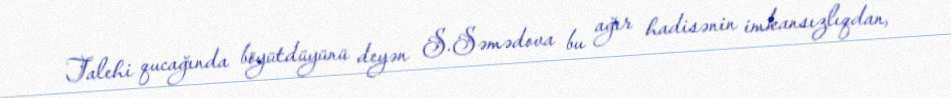
Talehi qucağında böyütdüyünü deyən S.Səmədova bu ağır hadisənin imkansızlıqdan,